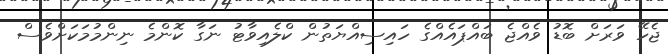
ޖެހޭ ވަރަށް ބޮޑު ވެއްޖެ ބައްޕައެއްގެ ހައިސިއްޔަތުން ކްލެއިވާޓު ނަގާ ކޮންމެ ނިންމުމަކަށްވެސް